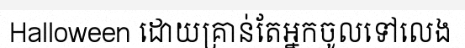
Halloween ដោយគ្រាន់តែអ្នកចូលទៅលេង